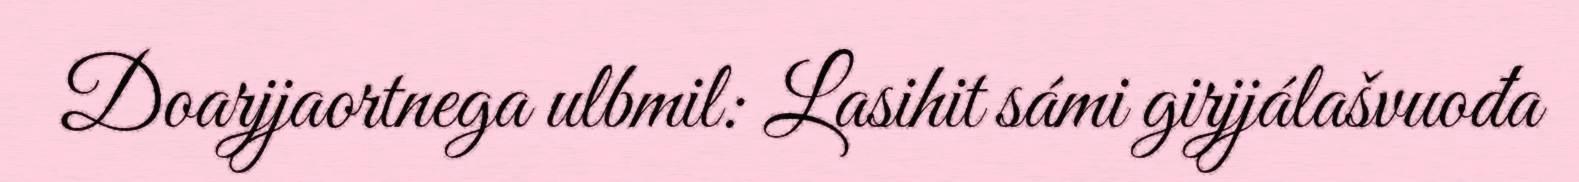
Doarjjaortnega ulbmil: Lasihit sámi girjjálašvuođa